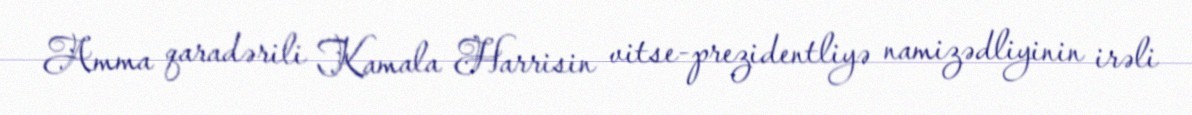
Amma qaradərili Kamala Harrisin vitse-prezidentliyə namizədliyinin irəli